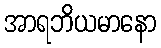
အာရဘိယမာနော